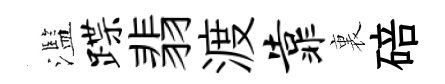
濫蹀翡渡靠裏碚